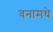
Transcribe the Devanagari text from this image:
वनामधे